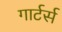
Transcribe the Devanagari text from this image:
गार्टर्स